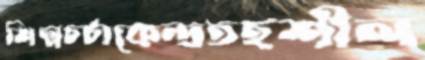
শিল্পচর্চাকেন্দ্রতহশীল